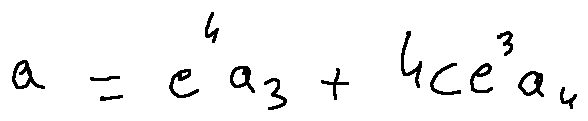
a = e ^ { 4 } a _ { 3 } + 4 c e ^ { 3 } a _ { 4 }